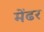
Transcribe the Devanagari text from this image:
मेंढर